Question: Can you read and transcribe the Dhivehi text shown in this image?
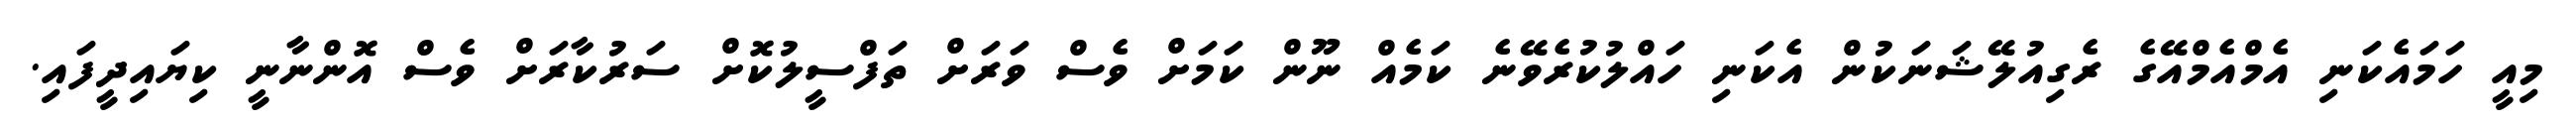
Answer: މިއީ ހަމައެކަނި އެމްއެމްއޭގެ ރެގިއުލޭޝަނަކުން އެކަނި ހައްލުކުރެވޭނެ ކަމެއް ނޫން ކަމަށް ވެސް ވަރަށް ތަފްސީލުކޮށް ސަރުކާރަށް ވެސް އޮންނާނީ ކިޔައިދީފައި.